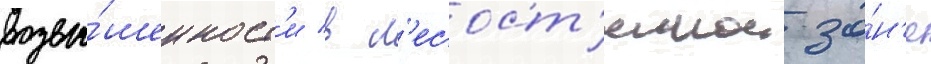
возвы́шенност'и в л'есост'епнои зо́н'е